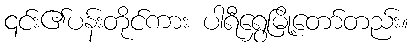
၎င်း၏ပန်းတိုင်ကား ပါရီရွှေမြို့တော်တည်း။